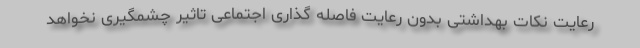
رعایت نکات بهداشتی بدون رعایت فاصله گذاری اجتماعی تاثیر چشمگیری نخواهد